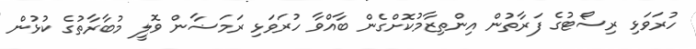
ހުރަވަޅި ރިސޯޓުގެ ފަރާތުން އިންތިޒާމުކޮށްގެން ބާއްވާ ހުރަވަޅި ރަމަޟާން ވޮލީ މުބާރާތުގެ ކުޅުން